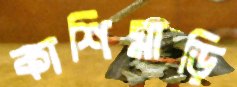
কাশিমাড়ি